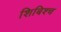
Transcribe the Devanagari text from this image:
शिबिश्च